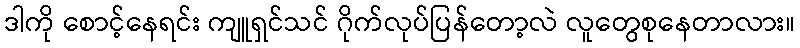
ဒါကို စောင့်နေရင်း ကျူရှင်သင် ဂိုက်လုပ်ပြန်တော့လဲ လူတွေစုနေတာလား။